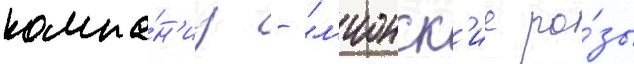
компа́н'иу - "л'ионск'ие ро́зы